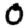
Digit: 0